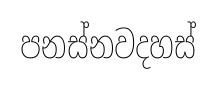
පනස්නවදහස්